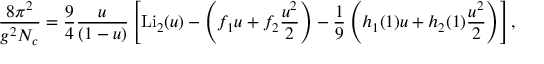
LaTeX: { \frac { 8 \pi ^ { 2 } } { g ^ { 2 } N _ { c } } } = { \frac { 9 } { 4 } } { \frac { u } { ( 1 - u ) } } \left[ \mathrm { L i } _ { 2 } ( u ) - \left( f _ { 1 } u + f _ { 2 } { \frac { u ^ { 2 } } { 2 } } \right) - { \frac { 1 } { 9 } } \left( h _ { 1 } ( 1 ) u + h _ { 2 } ( 1 ) { \frac { u ^ { 2 } } { 2 } } \right) \right] ,